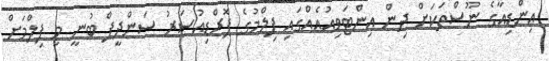
އިންޑިއާގެ ނޫސްތަކަށް ދިން އިންޓަވިއުއެއްގައި ފިލްމުގެ ޕޮރްޑިއުސަރު ސަންދީޕް ބުނީ މި ފިލްމަށް